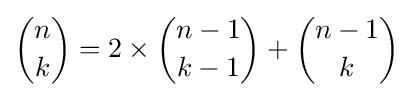
{n \choose k}=2\times {n-1 \choose k-1}+{n-1 \choose k}